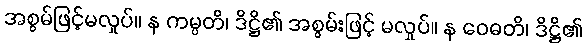
အစွမ်ဖြင့်မလှုပ်။ န ကမ္ပတိ၊ ဒိဋ္ဌိ၏ အစွမ်းဖြင့် မလှုပ်။ န ဝေဓတိ၊ ဒိဋ္ဌိ၏